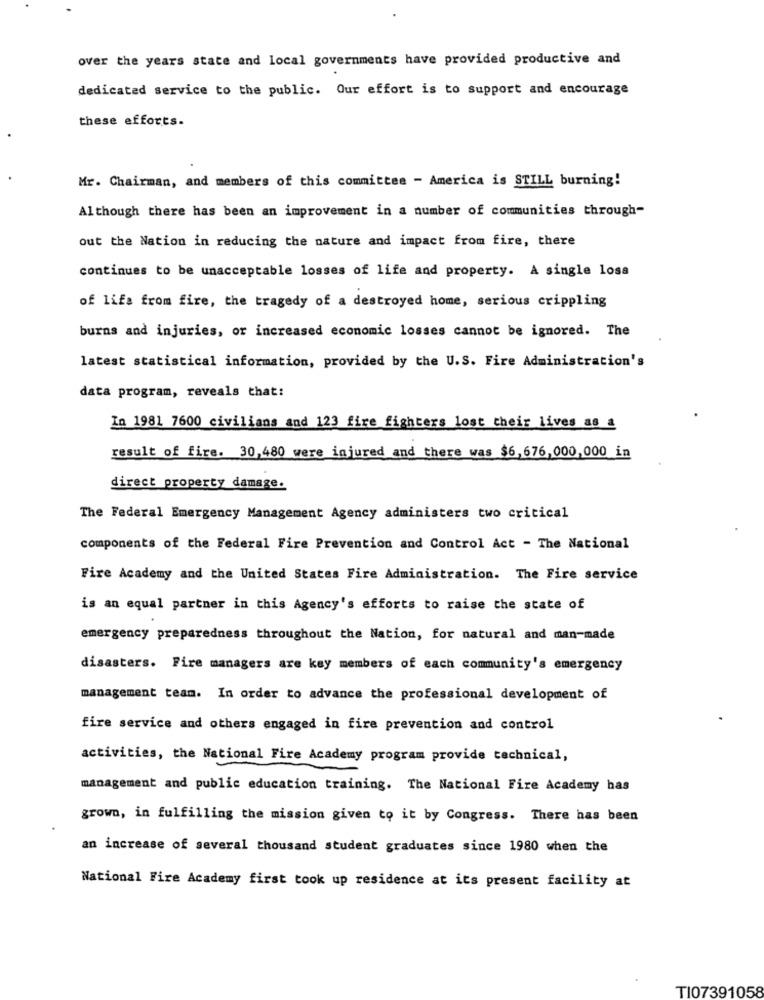
over the years state and local governments have provided productive and
dedicated service to the public. Our effort is to support and encourage
these efforts.
Mr. Chairman, and members of this committee - America is STILL burning!
Although there has been an improvement in a number of communities through-
out the Nation in reducing the nature and impact from fire, there
continues to be unacceptable losses of life and property. A single losa
of life from fire, the tragedy of a destroyed home, serious crippling
burns and injuries, or increased economic losses cannot be ignored. The
latest statistical information, provided by the U.S. Fire Administration's
data program, reveals that:
In 1981 7600 civilians and 123 fire fighters lost their lives as a
result of fire. 30,480 were injured and there was $6,676,000,000 in
direct property damage.
The Federal Emergency Management Agency administers two critical
components of the Federal Fire Prevention and Control Act - The National
Fire Academy and the United States Fire Administration. The Fire service
is an equal partner in this Agency's efforts to raise the state of
emergency preparedness throughout the Nation, for natural and man-made
disasters. Fire managers are key members of each community's emergency
management team. In order to advance the professional development of
fire service and others engaged in fire prevention and control
activities, the National Fire Academy program provide technical,
management and public education training. The National Fire Academy has
grown, in fulfilling the mission given to it by Congress. There has been
an increase of several thousand student graduates since 1980 when the
National Fire Academy first took up residence at its present facility at
TI07391058